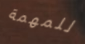
للمهمة